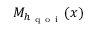
M _ { h _ { \mathrm { ~ q ~ o ~ i ~ } } } ( x )